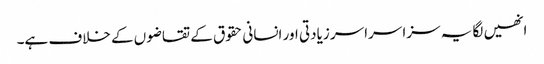
انھیں لگا یہ سزا سراسر زیادتی اور انسانی حقوق کے تقاضوں کے خلاف ہے۔